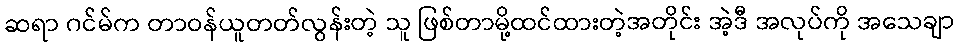
ဆရာ ဂင်မ်က တာဝန်ယူတတ်လွန်းတဲ့ သူ ဖြစ်တာမို့ထင်ထားတဲ့အတိုင်း အဲ့ဒီ အလုပ်ကို အသေချာ